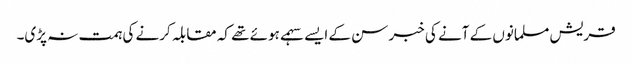
قریش مسلمانوں کے آنے کی خبر سن کے ایسے سہمے ہوئے تھے کہ مقابلہ کرنے کی ہمت نہ پڑی۔